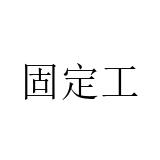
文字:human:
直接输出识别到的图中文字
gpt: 固定工